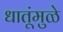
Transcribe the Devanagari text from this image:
धातूंमुळे